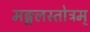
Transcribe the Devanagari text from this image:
मङ्गलस्तोत्रम्